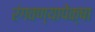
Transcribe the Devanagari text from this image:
रंगवण्यापेक्षा